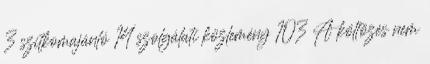
3 szitkomajánló 14 szolgálati közlemény 103 A költözés nem